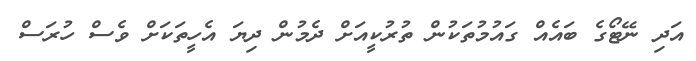
އަދި ނޭޓޯގެ ބައެއް ގައުމުތަކުން ތުރުކީއަށް ދެމުން ދިޔަ އެހީތަކަށް ވެސް ހުރަސް